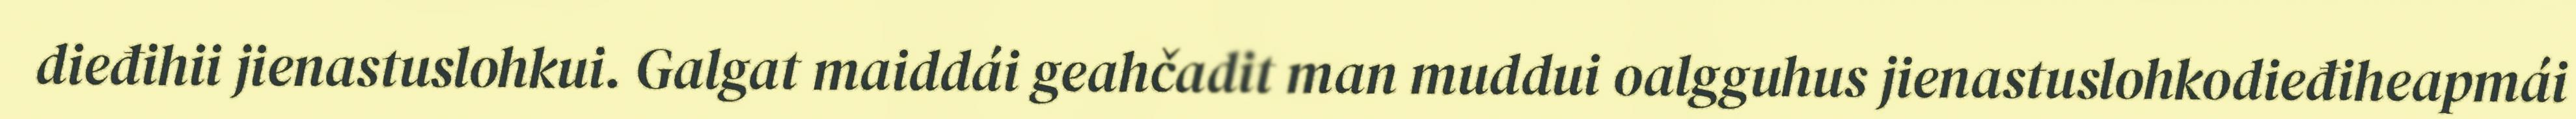
dieđihii jienastuslohkui. Galgat maiddái geahčadit man muddui oalgguhus jienastuslohkodieđiheapmái